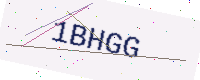
Text: 1BHGG